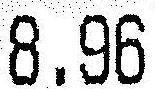
8.96